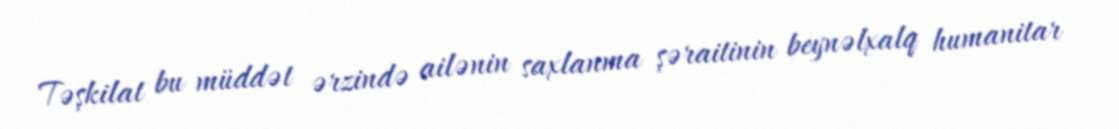
Təşkilat bu müddət ərzində ailənin saxlanma şəraitinin beynəlxalq humanitar